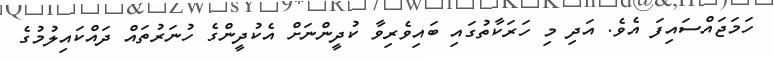
ހަމަޖައްސައިފަ އެވެ. އަދި މި ހަރަކާތުގައި ބައިވެރިވާ ކުދީންނަށް އެކުދީންގެ ހުނަރުތައް ދައްކައިލުމުގެ